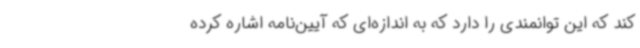
کند که این توانمندی را دارد که به اندازه‌ای که آیین‌نامه اشاره کرده